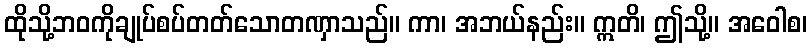
ထိုသို့ဘဝကိုချုပ်စပ်တတ်သောတဏှာသည်။ ကာ၊ အဘယ်နည်း။ ဣတိ၊ ဤသို့။ အဝေါစ၊